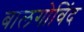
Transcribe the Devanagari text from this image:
बालगोविंद